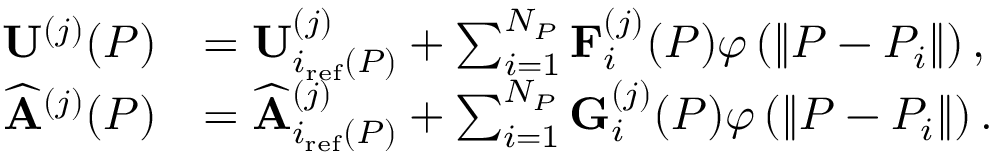
\begin{array} { r l } { \mathbf { U } ^ { ( j ) } ( P ) } & { = \mathbf { U } _ { i _ { \mathrm { r e f } } ( P ) } ^ { ( j ) } + \sum _ { i = 1 } ^ { N _ { P } } \mathbf { F } _ { i } ^ { ( j ) } ( P ) \varphi \left( \left\| P - P _ { i } \right\| \right) , } \\ { \widehat { \mathbf { A } } ^ { ( j ) } ( P ) } & { = \widehat { \mathbf { A } } _ { i _ { \mathrm { r e f } } ( P ) } ^ { ( j ) } + \sum _ { i = 1 } ^ { N _ { P } } \mathbf { G } _ { i } ^ { ( j ) } ( P ) \varphi \left( \left\| P - P _ { i } \right\| \right) . } \end{array}